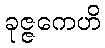
ခုဇ္ဇကေဟိ